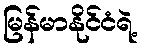
မြန်မာနိုင်ငံရဲ့